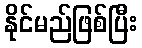
နိုင်မည်ဖြစ်ပြီး